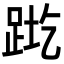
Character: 𬦬